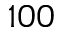
1 0 0